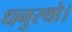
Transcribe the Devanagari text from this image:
धनुरथो।